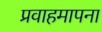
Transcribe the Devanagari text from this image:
प्रवाहमापना